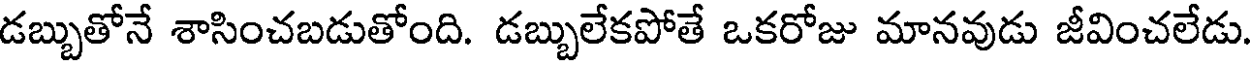
డబ్బుతోనే శాసించబడుతోంది. డబ్బులేకపోతే ఒకరోజు మానవుడు జీవించలేడు